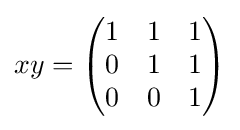
xy={\begin{pmatrix}1&1&1\\0&1&1\\0&0&1\end{pmatrix}}